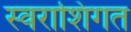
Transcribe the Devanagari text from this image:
स्वराशिगत